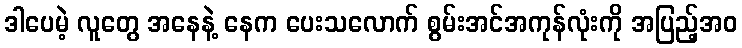
ဒါပေမဲ့ လူတွေ အနေနဲ့ နေက ပေးသလောက် စွမ်းအင်အကုန်လုံးကို အပြည့်အဝ